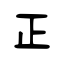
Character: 正